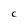
Character: C